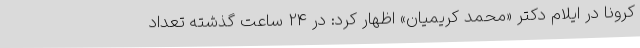
کرونا در ایلام دکتر «محمد کریمیان» اظهار کرد: در 24 ساعت گذشته تعداد